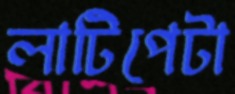
লাটিপেটা